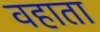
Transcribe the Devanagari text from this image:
वहाता